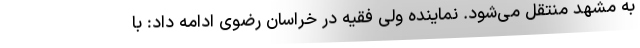
به مشهد منتقل می‌شود. نماینده ولی فقیه در خراسان رضوی ادامه داد: با